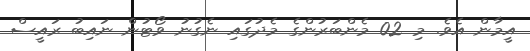
އީމާން އެވެ. މި 02 މެންބަރުންގެ މެދުގައި ނެގުނު ވޯޓުން ނައިބު ރައީސް